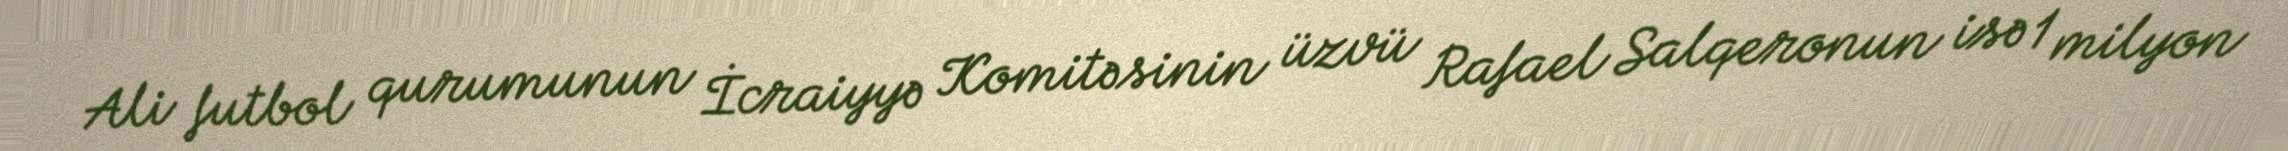
Ali futbol qurumunun İcraiyyə Komitəsinin üzvü Rafael Salqeronun isə 1 milyon